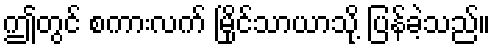
ဤတွင် စကားလက် မြိုင်သာယာသို့ ပြန်ခဲ့သည်။